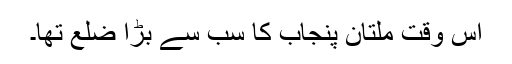
اس وقت ملتان پنجاب کا سب سے بڑا ضلع تھا۔